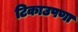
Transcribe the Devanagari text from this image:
टिकाउपणा